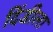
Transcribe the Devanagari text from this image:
दिंडीला